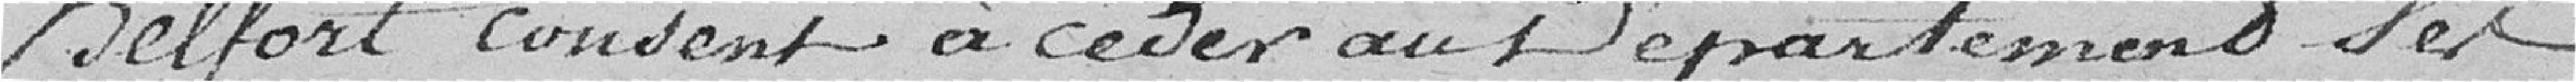
Belfort consent à céder au Département les